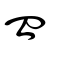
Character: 皿